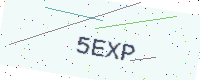
Text: 5EXP